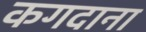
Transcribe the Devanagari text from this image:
कगदाना